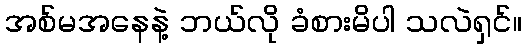
အစ်မအနေနဲ့ ဘယ်လို ခံစားမိပါ သလဲရှင်။